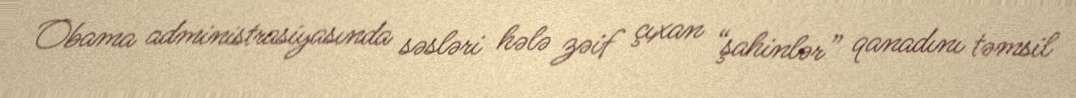
Obama administrasiyasında səsləri hələ zəif çıxan “şahinlər” qanadını təmsil